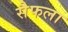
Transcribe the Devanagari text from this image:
सैफला